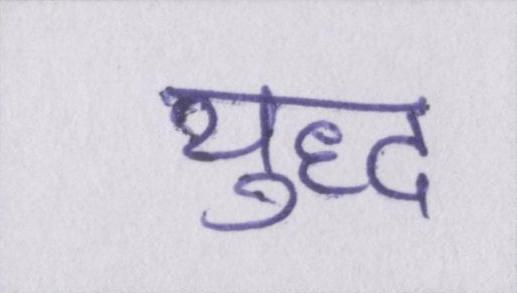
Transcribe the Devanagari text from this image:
युद्ध